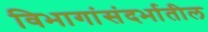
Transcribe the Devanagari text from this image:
विभागांसंदर्भातील